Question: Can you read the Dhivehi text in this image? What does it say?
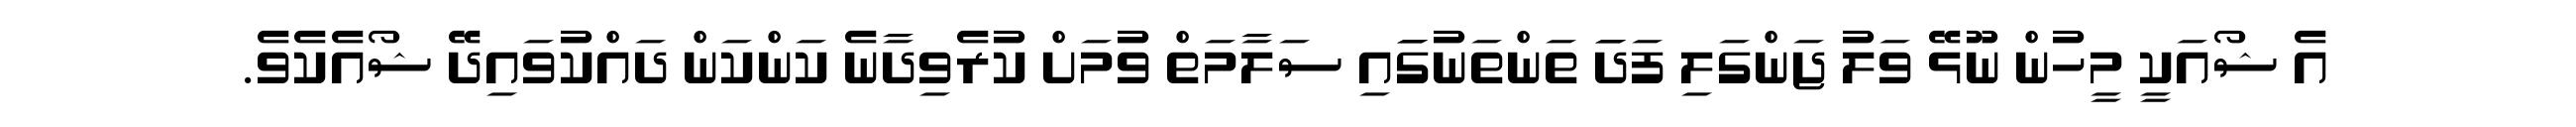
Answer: އެ ޝޯއަކީ މީހުން ނޫޅޭ ވަލު ޖަންގަލި ފަދަަ ތަންތަނުގަައި ސަލާމަތް ވުމަށް ކުރެވިދާނެ ކަންކަން ދައްކުވައިދޭ ޝޯއެކެވެ.